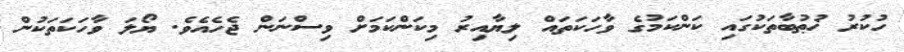
ހުކުރު ޚުޠުބާތަކުގައި ކަންކަމުގެ ވާހަކަތައް ލިޔާއިރު މިކަންކަމަށް ވިސްނަން ޖެހެއެވެ. ޔޯލަ ވާހަކަތަކުން